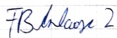
Text: FBAnlage 2